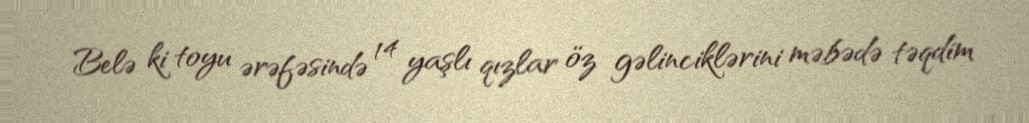
Belə ki toyu ərəfəsində 14 yaşlı qızlar öz gəlinciklərini məbədə təqdim